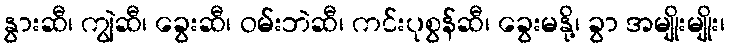
နွားဆီ၊ ကျွဲဆီ၊ ခွေးဆီ၊ ဝမ်းဘဲဆီ၊ ကင်းပုစွန်ဆီ၊ ခွေးမနို့၊ ခွာ အမျိုးမျိုး၊